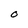
Character: O